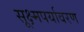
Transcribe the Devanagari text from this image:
सूक्ष्मपर्यावरण